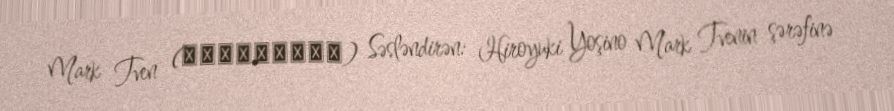
Mark Tven (マーク・トウェイン) Səsləndirən: Hiroyuki Yoşino Mark Tvenin şərəfinə